Indian journal of veterinary science and animal husbandry - Volume 8,
Year: 1938
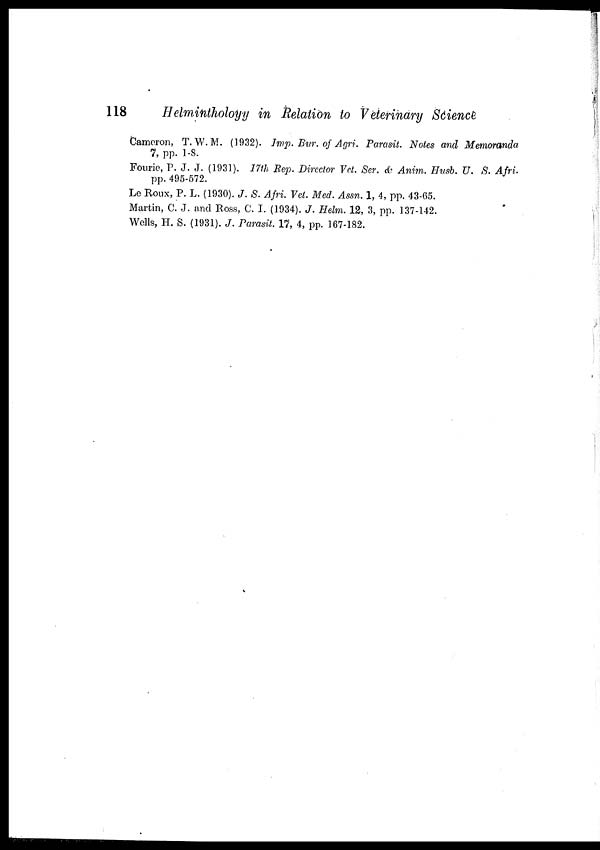
118
Helmintholoyy in Relation to Veterinary Science
Cameron, T. W.M. (1932). Imp. Bur. of Agri. Parasit. Notes and Memoranda
7, pp. 1-8.
Fourie, P. J. J. (1931). 17th Rep. Director Vet. Ser. & Anim. Husb. U. S. Afri.
pp. 495-572.
Le Roux, P. L. (1930). J. S. Afri. Vet. Med. Assn. 1, 4, pp. 43-65.
Martin, C J. and Ross, C. I. (1934). J. Helm. 12, 3, pp. 137-142.
Wells, H. S. (1931). J. Parasit. 17, 4, pp. 167-182.